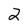
Character: 2